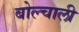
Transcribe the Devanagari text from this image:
बोल्चाली